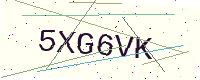
Text: 5XG6VK